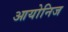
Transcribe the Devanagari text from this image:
आयोनिज